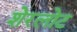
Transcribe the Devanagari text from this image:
शेरलोट